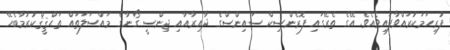
ފުރިހަމަކުރައްވާފައިވެއެވެ. އޭގެ ތެރޭގައި ފޮރެންސިކް ސައިންސްގެ ދާއިރާއާއި ޖިންސީ ގޯނާގެ މައްސަލަތައް ތަޙްޤީޤްކުރުމާބެހޭ